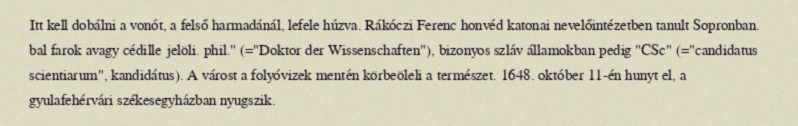
Itt kell dobálni a vonót, a felső harmadánál, lefele húzva. Rákóczi Ferenc honvéd katonai nevelőintézetben tanult Sopronban. bal farok avagy cédille jelöli. phil." (="Doktor der Wissenschaften"), bizonyos szláv államokban pedig "CSc" (="candidatus scientiarum", kandidátus). A várost a folyóvizek mentén körbeöleli a természet. 1648. október 11-én hunyt el, a gyulafehérvári székesegyházban nyugszik.